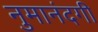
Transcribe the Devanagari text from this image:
नुमानंदगी